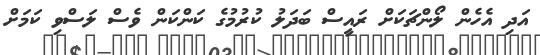
އަދި އެހެން ލޯންޗަކަށް ރައީސް ބަދަލު ކުރުމުގެ ކަންކަން ވެސް ލަސްވި ކަމަށް